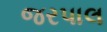
જરપાલ